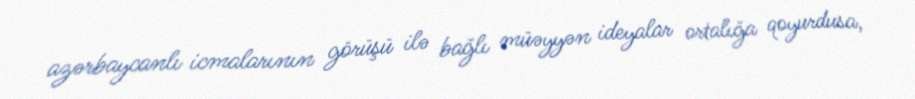
azərbaycanlı icmalarının görüşü ilə bağlı müəyyən ideyalar ortalığa qoyurdusa,